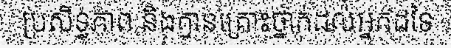
ប្រសិទ្ធភាព និងគ្មានគ្រោះថ្នាក់ដល់អ្នកដទៃ